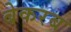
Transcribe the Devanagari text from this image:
बेकरब